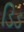
ડિડ